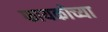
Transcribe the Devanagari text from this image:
फायकोच्या